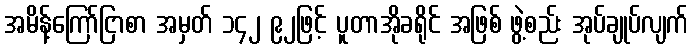
အမိန့်ကြော်ငြာစာ အမှတ် ၁၄၂ ၉၂ဖြင့် ပူတာအိုခရိုင် အဖြစ် ဖွဲ့စည်း အုပ်ချုပ်လျက်